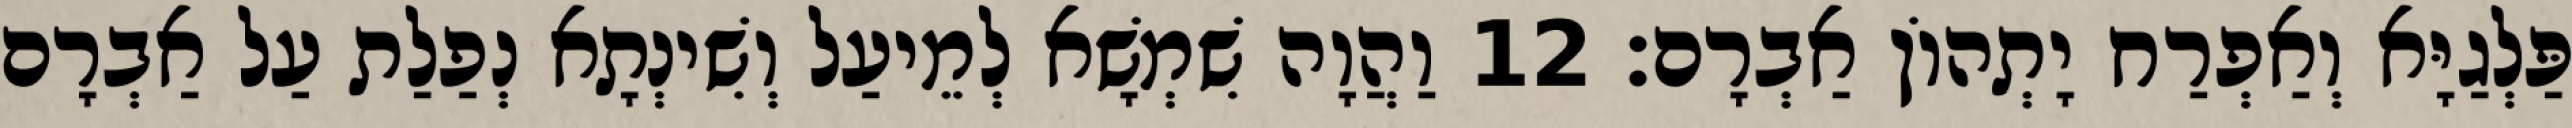
פַּלְגַיָּא וְאַפְרַח יָתְהוֹן אַבְרָם׃ 12 וַהֲוָה שִׁמְשָׁא לְמֵיעַל וְשִׁינְתָא נְפַלַת עַל אַבְרָם